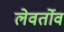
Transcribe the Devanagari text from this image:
लेवर्तोव